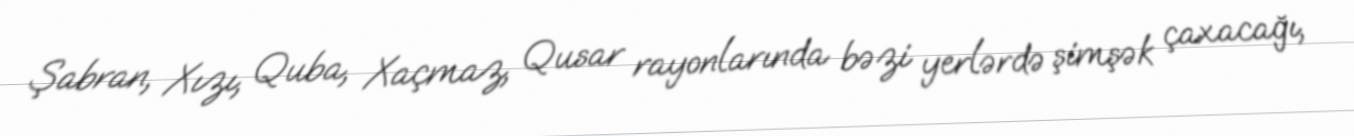
Şabran, Xızı, Quba, Xaçmaz, Qusar rayonlarında bəzi yerlərdə şimşək çaxacağı,